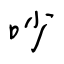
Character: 吵